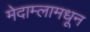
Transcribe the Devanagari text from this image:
मेदाम्लामधून